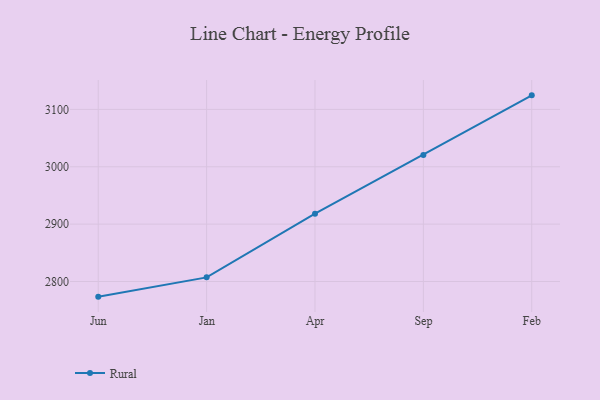
{"axis": {"x": "Month", "y": "Market Share (%)"}, "legend": ["Rural"], "data": [{"x": "Jun", "y": 2773.6, "type": "Rural"}, {"x": "Jan", "y": 2807.2, "type": "Rural"}, {"x": "Apr", "y": 2918.2, "type": "Rural"}, {"x": "Sep", "y": 3020.7, "type": "Rural"}, {"x": "Feb", "y": 3124.5, "type": "Rural"}]}